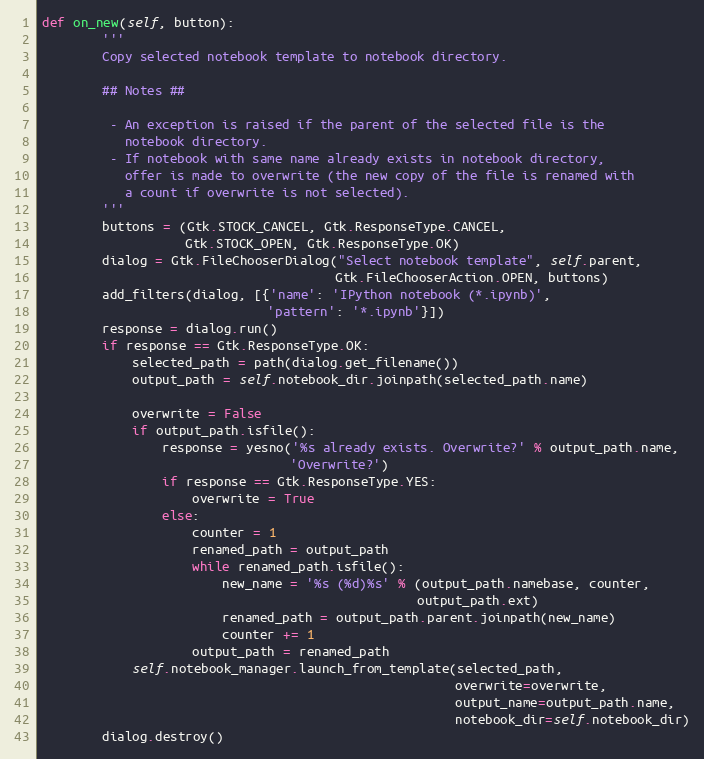
Language: Python
def on_new(self, button):
        '''
        Copy selected notebook template to notebook directory.

        ## Notes ##

         - An exception is raised if the parent of the selected file is the
           notebook directory.
         - If notebook with same name already exists in notebook directory,
           offer is made to overwrite (the new copy of the file is renamed with
           a count if overwrite is not selected).
        '''
        buttons = (Gtk.STOCK_CANCEL, Gtk.ResponseType.CANCEL,
                   Gtk.STOCK_OPEN, Gtk.ResponseType.OK)
        dialog = Gtk.FileChooserDialog("Select notebook template", self.parent,
                                       Gtk.FileChooserAction.OPEN, buttons)
        add_filters(dialog, [{'name': 'IPython notebook (*.ipynb)',
                              'pattern': '*.ipynb'}])
        response = dialog.run()
        if response == Gtk.ResponseType.OK:
            selected_path = path(dialog.get_filename())
            output_path = self.notebook_dir.joinpath(selected_path.name)

            overwrite = False
            if output_path.isfile():
                response = yesno('%s already exists. Overwrite?' % output_path.name,
                                 'Overwrite?')
                if response == Gtk.ResponseType.YES:
                    overwrite = True
                else:
                    counter = 1
                    renamed_path = output_path
                    while renamed_path.isfile():
                        new_name = '%s (%d)%s' % (output_path.namebase, counter,
                                                  output_path.ext)
                        renamed_path = output_path.parent.joinpath(new_name)
                        counter += 1
                    output_path = renamed_path
            self.notebook_manager.launch_from_template(selected_path,
                                                       overwrite=overwrite,
                                                       output_name=output_path.name,
                                                       notebook_dir=self.notebook_dir)
        dialog.destroy()